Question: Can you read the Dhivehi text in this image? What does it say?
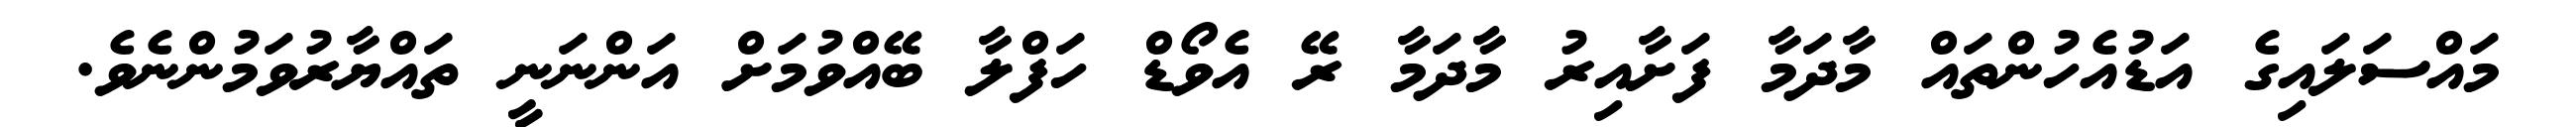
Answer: މައްސަލައިގެ އަޑުއެހުންތައް މާދަމާ ފަށާއިރު މާދަމާ ރޭ އެވޯޑް ހަފްލާ ބޭއްވުމަށް އަންނަނީ ތައްޔާރުވަމުންނެވެ.